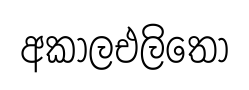
අකාලඑලිතො